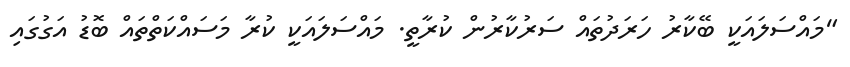
"މައްސަލައަކީ ބޭކާރު ހަރަދުތައް ސަރުކާރުން ކުރާތީ. މައްސަލައަކީ ކުރާ މަސައްކަތްތައް ބޮޑު އަގުގައި